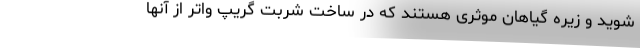
شوید و زیره گیاهان موثری هستند که در ساخت شربت گریپ واتر از آنها